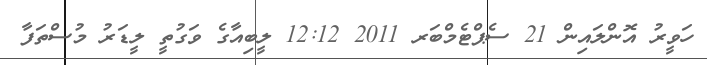
ހަވީރު އޮންލައިން 21 ސެޕްޓެމްބަރ 2011 12:12 ލީބިއާގެ ވަގުތީ ލީޑަރު މުސްތަފާ